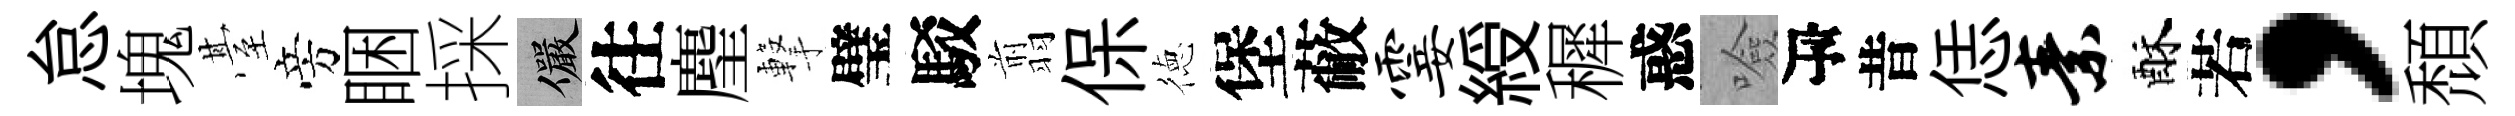
怠塊䑓旁睏採儼往麈撃璧駁翦保徳堡蔽霎綬穉惑噞瓴昔恁素酥若，頹